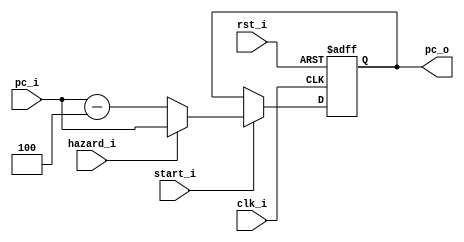
module PC
(
    clk_i,
    rst_i,
    start_i,
    hazard_i,
		pc_i,

    pc_o
);

// Ports
input               clk_i;
input               rst_i;
input               start_i;
input								hazard_i; // 0 -> hazard , 1 -> no
input   [31:0]      pc_i;
output  [31:0]      pc_o;

// Wires & Registers
reg     [31:0]      pc_o;


always@(posedge clk_i or negedge rst_i) begin
    if(~rst_i) begin
        pc_o <= 32'b0;
    end
    else begin
        if(start_i )
            pc_o <= (hazard_i)? pc_i:pc_i-4;
        else
            pc_o <= pc_o;
    end
end

endmodule